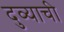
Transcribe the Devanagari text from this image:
दुव्याची